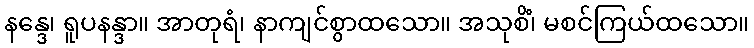
နန္ဒေ၊ ရူပနန္ဒာ။ အာတုရံ၊ နာကျင်စွာထသော။ အသုစိံ၊ မစင်ကြယ်ထသော။